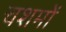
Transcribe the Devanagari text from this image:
चशमों